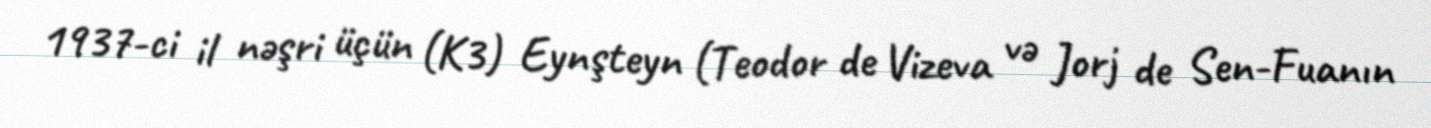
1937-ci il nəşri üçün (K3) Eynşteyn (Teodor de Vizeva və Jorj de Sen-Fuanın